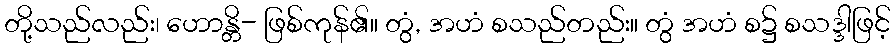
တို့သည်လည်း၊ ဟောန္တိ- ဖြစ်ကုန်၏။ တွံ, အဟံ စသည်တည်း။ တွံ အဟံ စ၌ စသဒ္ဒါဖြင့်